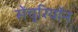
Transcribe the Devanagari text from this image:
सेंचुरियॉन